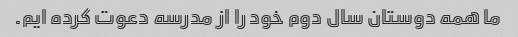
ما همه دوستان سال دوم خود را از مدرسه دعوت کرده ایم.